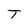
Character: T